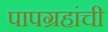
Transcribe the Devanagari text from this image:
पापग्रहांची